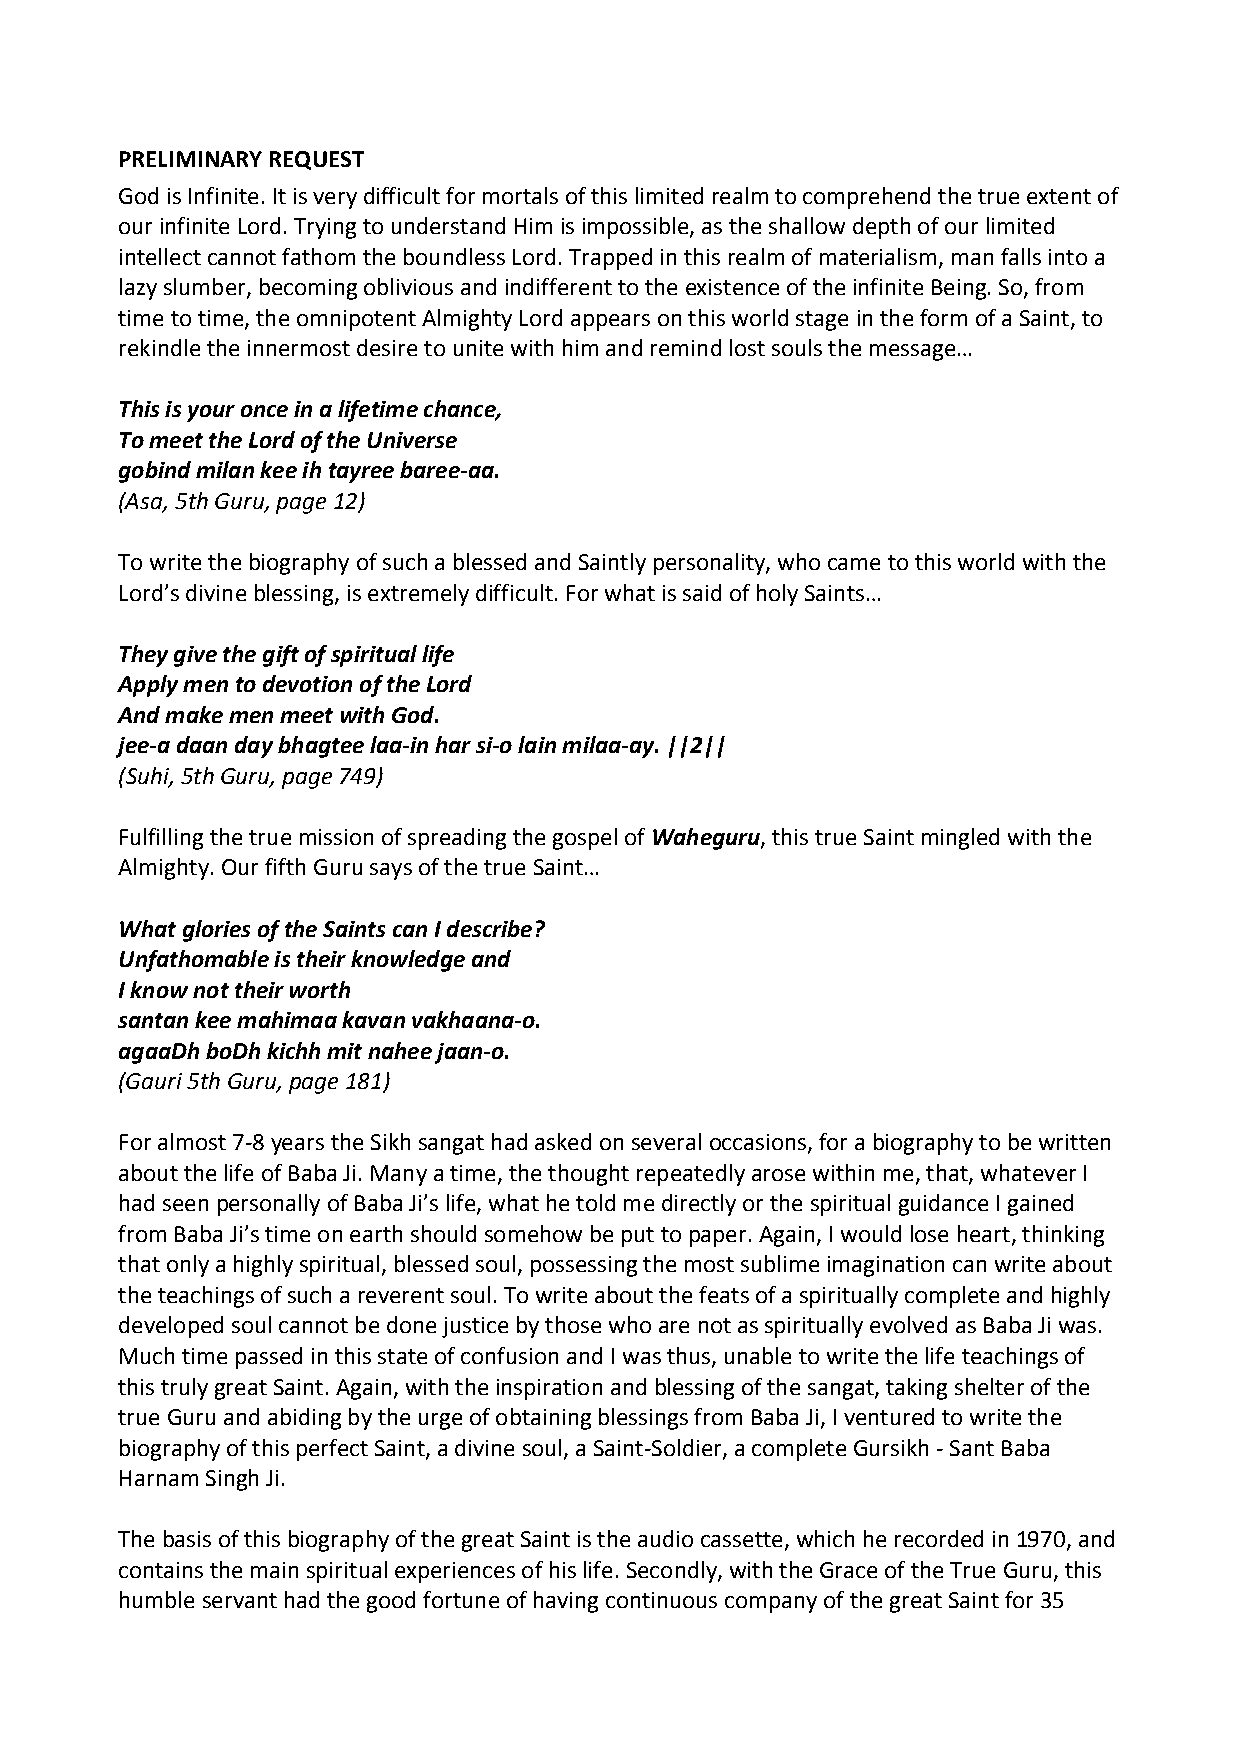
PRELIMINARY REQUEST
 God is Infinite. It is very difficult for mortals of this limited realm to comprehend the true extent of
 our infinite Lord. Trying to understand Him is impossible, as the shallow depth of our limited
 intellect cannot fathom the boundless Lord. Trapped in this realm of materialism, man falls into a
 lazy slumber, becoming oblivious and indifferent to the existence of the infinite Being. So, from
 time to time, the omnipotent Almighty Lord appears on this world stage in the form of a Saint, to
 rekindle the innermost desire to unite with him and remind lost souls the message…
 This is your once in a lifetime chance,
 To meet the Lord of the Universe
 gobind milan kee ih tayree baree‐aa.
 (Asa, 5th Guru, page 12)
 To write the biography of such a blessed and Saintly personality, who came to this world with the
 Lord’s divine blessing, is extremely difficult. For what is said of holy Saints…
 They give the gift of spiritual life
 Apply men to devotion of the Lord
 And make men meet with God.
 jee‐a daan day bhagtee laa‐in har si‐o lain milaa‐ay. ||2||
 (Suhi, 5th Guru, page 749)
 Fulfilling the true mission of spreading the gospel of Waheguru, this true Saint mingled with the
 Almighty. Our fifth Guru says of the true Saint…
 What glories of the Saints can I describe?
 Unfathomable is their knowledge and
 I know not their worth
 santan kee mahimaa kavan vakhaana‐o.
 agaaDh boDh kichh mit nahee jaan‐o.
 (Gauri 5th Guru, page 181)
 For almost 7‐8 years the Sikh sangat had asked on several occasions, for a biography to be written
 about the life of Baba Ji. Many a time, the thought repeatedly arose within me, that, whatever I
 had seen personally of Baba Ji’s life, what he told me directly or the spiritual guidance I gained
 from Baba Ji’s time on earth should somehow be put to paper. Again, I would lose heart, thinking
 that only a highly spiritual, blessed soul, possessing the most sublime imagination can write about
 the teachings of such a reverent soul. To write about the feats of a spiritually complete and highly
 developed soul cannot be done justice by those who are not as spiritually evolved as Baba Ji was.
 Much time passed in this state of confusion and I was thus, unable to write the life teachings of
 this truly great Saint. Again, with the inspiration and blessing of the sangat, taking shelter of the
 true Guru and abiding by the urge of obtaining blessings from Baba Ji, I ventured to write the
 biography of this perfect Saint, a divine soul, a Saint‐Soldier, a complete Gursikh ‐ Sant Baba
 Harnam Singh Ji.
 The basis of this biography of the great Saint is the audio cassette, which he recorded in 1970, and
 contains the main spiritual experiences of his life. Secondly, with the Grace of the True Guru, this
 humble servant had the good fortune of having continuous company of the great Saint for 35